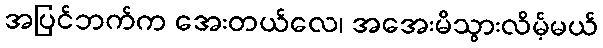
အပြင်ဘက်က အေးတယ်လေ၊ အအေးမိသွားလိမ့်မယ်